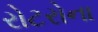
રોટરોના